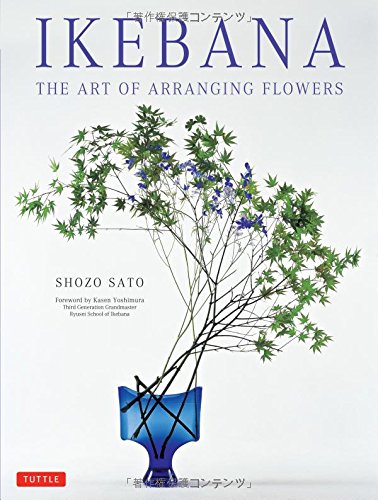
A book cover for Ikebana: The Art of Arranging Flowers; Shozo Sato; Crafts, Hobbies & Home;